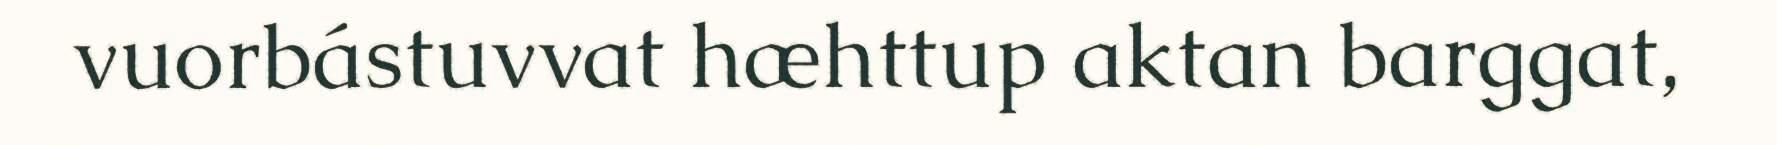
vuorbástuvvat hæhttup aktan barggat,